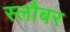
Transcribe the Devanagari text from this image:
स्लौबर